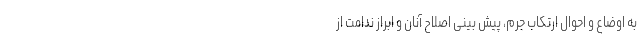
به اوضاع و احوال ارتکاب جرم، پیش بینی اصلاح آنان و ابراز ندامت از